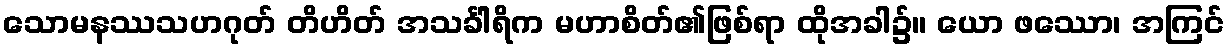
သောမနဿသဟဂုတ် တိဟိတ် အသင်္ခါရိက မဟာစိတ်၏ဖြစ်ရာ ထိုအခါ၌။ ယော ဖဿော၊ အကြင်